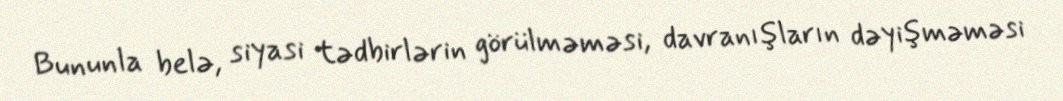
Bununla belə, siyasi tədbirlərin görülməməsi, davranışların dəyişməməsi